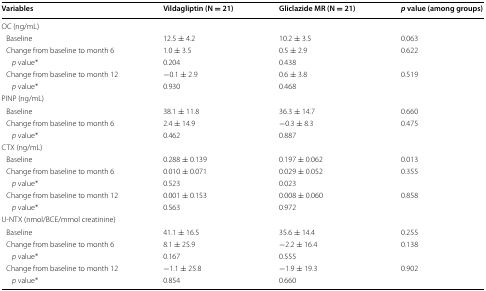
| Variables | Vildagliptin (N = 21) | Gliclazide MR (N = 21) | p value (among groups) |
 | --- | --- | --- | --- |
 | <COLSPAN=4> OC (ng/mL) |
 | Baseline | 12.5 ± 4.2 | 10.2 ± 3.5 | 0.063 |
 | Change from baseline to month 6 | 1.0 ± 3.5 | 0.5 ± 2.9 | 0.622 |
 | p value* | 0.204 | 0.438 |  |
 | Change from baseline to month 12 | −0.1 ± 2.9 | 0.6 ± 3.8 | 0.519 |
 | p value* | 0.930 | 0.468 |  |
 | <COLSPAN=4> PINP (ng/mL) |
 | Baseline | 38.1 ± 11.8 | 36.3 ± 14.7 | 0.660 |
 | Change from baseline to month 6 | 2.4 ± 14.9 | −0.3 ± 8.3 | 0.475 |
 | p value* | 0.462 | 0.887 |  |
 | <COLSPAN=4> CTX (ng/mL) |
 | Baseline | 0.288 ± 0.139 | 0.197 ± 0.062 | 0.013 |
 | Change from baseline to month 6 | 0.010 ± 0.071 | 0.029 ± 0.052 | 0.355 |
 | p value* | 0.523 | 0.023 |  |
 | Change from baseline to month 12 | 0.001 ± 0.153 | 0.008 ± 0.060 | 0.858 |
 | p value* | 0.563 | 0.972 |  |
 | <COLSPAN=4> U-NTX (nmol/BCE/mmol creatinine) |
 | Baseline | 41.1 ± 16.5 | 35.6 ± 14.4 | 0.255 |
 | Change from baseline to month 6 | 8.1 ± 25.9 | −2.2 ± 16.4 | 0.138 |
 | p value* | 0.167 | 0.555 |  |
 | Change from baseline to month 12 | −1.1 ± 25.8 | −1.9 ± 19.3 | 0.902 |
 | p value* | 0.854 | 0.660 |  |